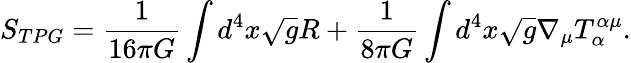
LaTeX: S_{TPG}=\frac{1}{16\pi G}\int d^{4}x\sqrt{g}R+\frac{1}{8\pi G}\int d^{4}x\sqrt{g}\nabla_{\mu}T_{\alpha}^{\alpha\mu}.